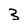
Character: B